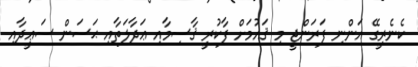
ކެނެރީގޭ އަންނި ފަރަންޖީ މި ޤައުމަށް ފާކުރީ ޤާސިމާއި ޢަދާލަތާއި ޙަސަން ސަޢީދާއި